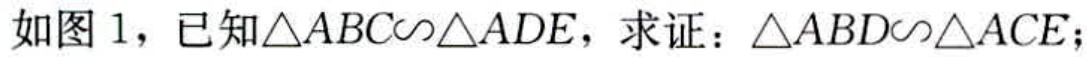
如图 1，已知\(\triangle ABC\sim\triangle ADE\)，求证：\(\triangle ABD\sim\triangle ACE\)；